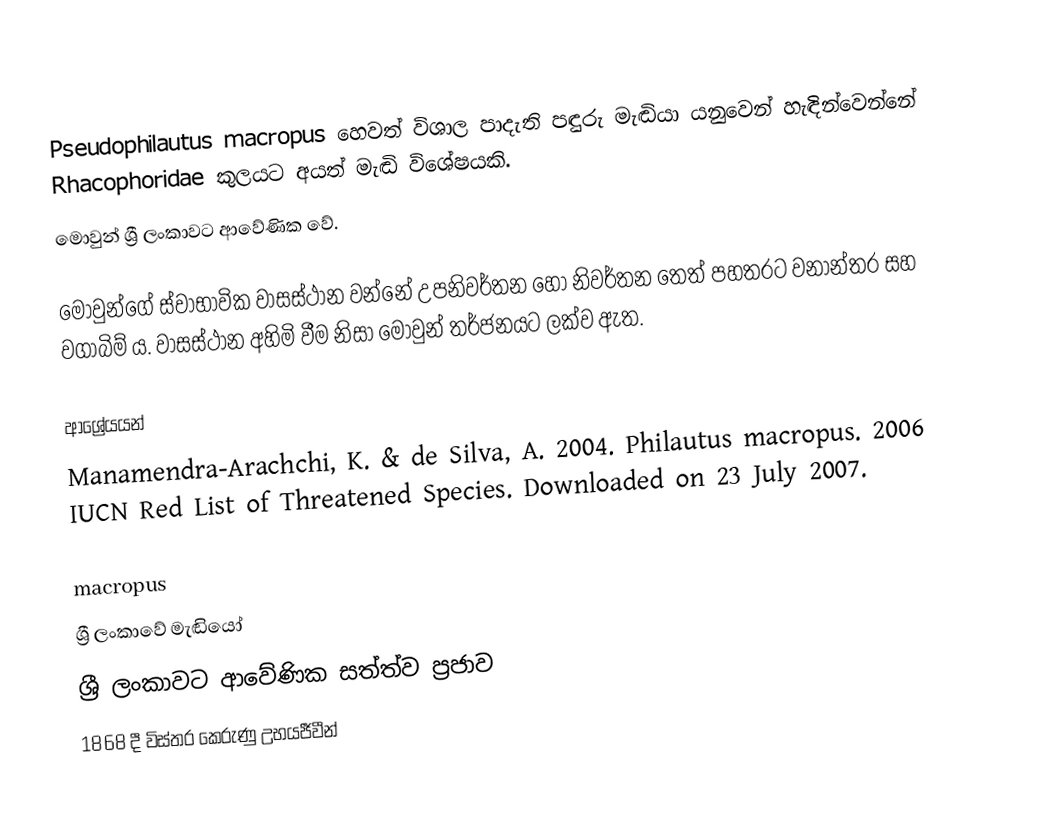
Pseudophilautus macropus හෙවත් විශාල පාදැති පඳුරු මැඬියා යනුවෙන් හැඳින්වෙන්නේ Rhacophoridae කුලයට අයත් මැඬි විශේෂයකි.
මොවුන් ශ්‍රී ලංකාවට ආවේණික වේ.

මොවුන්ගේ ස්වාභාවික වාසස්ථාන වන්නේ උපනිවර්තන හෝ නිවර්තන තෙත් පහතරට වනාන්තර සහ වගාබිම් ය. වාසස්ථාන අහිමි වීම නිසා මොවුන් තර්ජනයට ලක්ව ඇත.

ආශ්‍රේයයන්
 Manamendra-Arachchi, K. & de Silva, A. 2004.  Philautus macropus.   2006 IUCN Red List of Threatened Species.   Downloaded on 23 July 2007.

macropus
ශ්‍රී ලංකාවේ මැඬියෝ
ශ්‍රී ලංකාවට ආවේණික සත්ත්ව ප්‍රජාව
1868 දී විස්තර කෙරුණු උභයජීවීන්